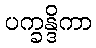
ပက္ခန္ဒိကာ